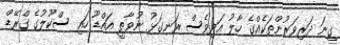
ގިނަ ދަރިވަރުންތަކެއްގެ ހާލު އަދިވެސް ރަނގަޅު ނުވާތީ އައްޑޫ ހައި ސްކޫލުގެ ގްރޭޑް